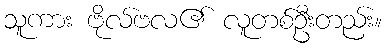
သူကား ဗိုလ်ဗလ၏ လူတစ်ဦးတည်း။